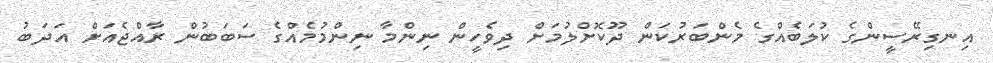
އިނގިރޭސީންގެ ކުލަބެއްގެ މެންބަރުކަން ދޫކޮށްލުމަށް ދިވެހީން ނިންމާ ނިންމުމެއްގެ ސަބަބުން ރާއްޖެއަށް އަދަބު